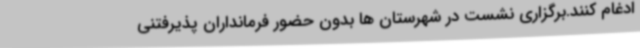
ادغام کنند.برگزاری نشست در شهرستان ها بدون حضور فرمانداران پذیرفتنی